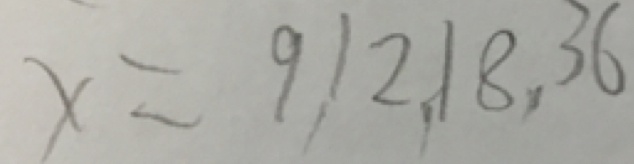
x = 9 1 2 , 1 8 , 3 6